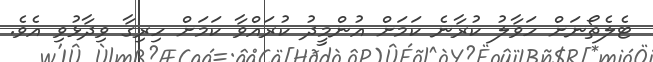
ޓެލެތޯނަށް ހަވާލު ކުރާނެ ކަމަށް އުންމީދު ކުރައްވާ ކަމަށް ހިރިގާ ވިދާޅުވި އެވެ.